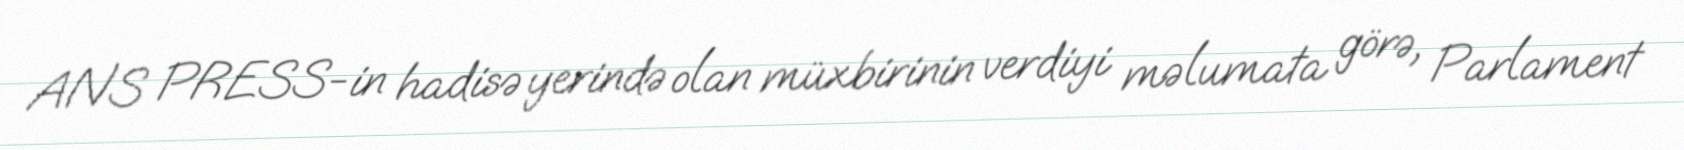
ANS PRESS-in hadisə yerində olan müxbirinin verdiyi məlumata görə, Parlament